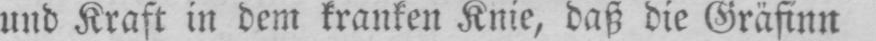
und Kraft in dem kranken Knie, daß die Gräfinn